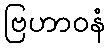
ဗြဟာဝနံ